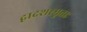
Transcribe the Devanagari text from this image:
द्वादशस्मृताः